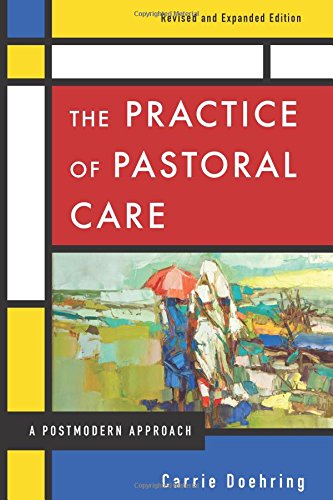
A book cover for The Practice of Pastoral Care, Revised and Expanded Edition; Carrie Doehring; Christian Books & Bibles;